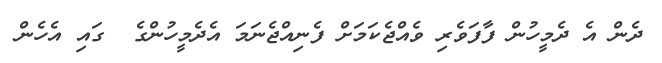
ދެން އެ ދެމީހުން ފާފަވެރި ވެއްޖެކަމަށް ފެނިއްޖެނަމަ އެދެމީހުންގެ  ގައި އެހެން